Plague in India, 1896, 1897 - Volume 3
Year: 1896
Disease focus: Plague
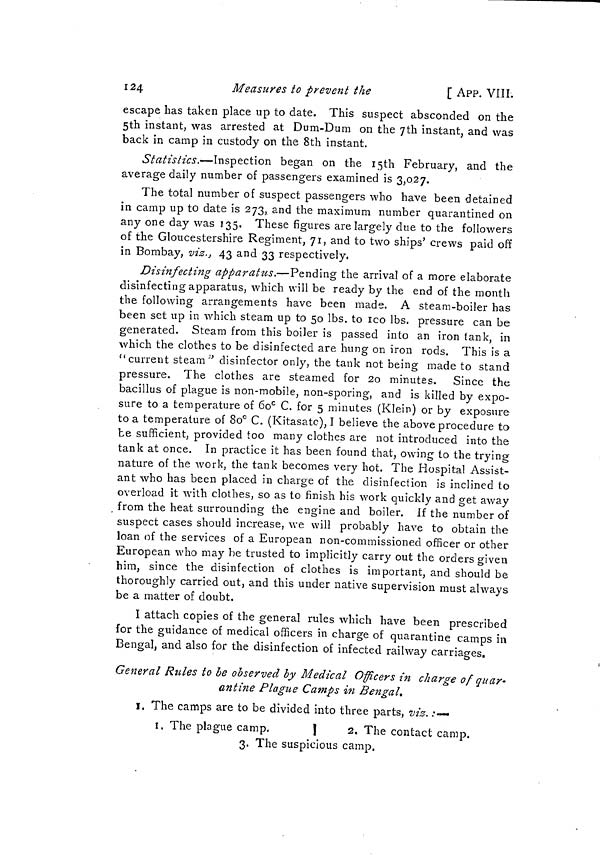
124
Measures to prevent the
[ APP. VIII.
escape has taken place up to date. This suspect absconded on the
5th instant, was arrested at Dum-Dum on the yth instant, and was
back in camp in custody on the 8th instant.
Statistics.—Inspection began on the I5th February, and the
average daily number of passengers examined is 3,027.
The total number of suspect passengers who have been detained
in camp up to date is 273, and the maximum number quarantined on
any one day was 135, These figures are largely due to the followers
of the Gloucestershire Regiment, 71, and to two ships' crews paid off
in Bombay, viz., 43 and 33 respectively,
Disinfecting apparatus.—Pending the arrival of a more elaborate
disinfecting apparatus, which will be ready by the end of the month
the following arrangements have been made. A steam-boiler has
been set up in which steam up to 50 Ibs. to ico Ibs. pressure can be
generated. Steam from this boiler is passed into an iron tank, in
which the clothes to be disinfected are hung on iron rods. This is a
" current steam ; ' disinfector only, the tank not being made to stand
pressure. The clothes are steamed for 20 minutes. Since the
bacillus of plague is non-mobile, non-sporing, and is killed by expo-
sure to a temperature of 6o c C. for 5 minutes (Klein) or by exposure
to a temperature of 80° C. (Kitasatc), I believe the above procedure to
be sufficient, provided too many clothes are not introduced into the
tank at once. In practice it has been found that, owing to the trying
nature of the work, the tank becomes very hot. The Hospital Assist-
ant who has been placed in charge of the disinfection is inclined to
overload it with clothes, so as to finish his work quickly and get away
from the heat surrounding the engine and boiler. If the number of
suspect cases should increase, we will probably have to obtain the
loan of the services of a European non-commissioned officer or other
European who may be trusted to implicitly carry out the orders given
him, since the disinfection of clothes is important, and should be
thoroughly carried out, and this under native supervision must always
be a matter of doubt.
I attach copies of the general rules which have been prescribed
for the guidance of medical officers in charge of quarantine camps in
Bengal, and also for the disinfection of infected railway carriages.
General Rules to be observed by Medical Officers in charge of quar-
antine Plague Camps in Bengal.
I. The camps are to be divided into three parts, vis. .••—
i, The plague camp.
|
1
2. The contact camp.
3. The suspicious camp.